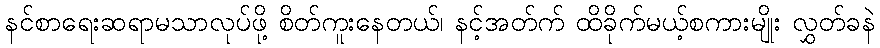
နင်စာရေးဆရာမသာလုပ်ဖို့ စိတ်ကူးနေတယ်၊ နင့်အတ်က် ထိခိုက်မယ့်စကားမျိုး လွှတ်ခနဲ